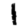
Digit: 1